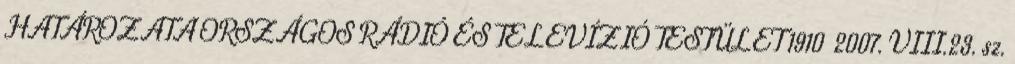
HATÁROZATA ORSZÁGOS RÁDIÓ ÉS TELEVÍZIÓ TESTÜLET 1910 2007. VIII.23. sz.